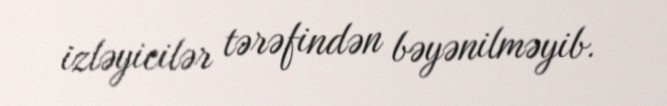
izləyicilər tərəfindən bəyənilməyib.